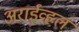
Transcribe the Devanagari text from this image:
अराईव्हल